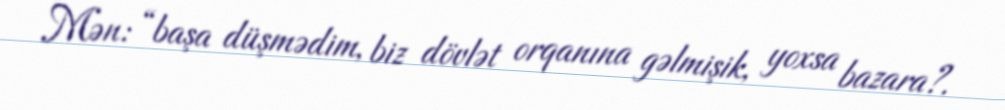
Mən: “başa düşmədim, biz dövlət orqanına gəlmişik, yoxsa bazara?.